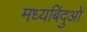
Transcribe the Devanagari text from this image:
मध्यबिंदुओं